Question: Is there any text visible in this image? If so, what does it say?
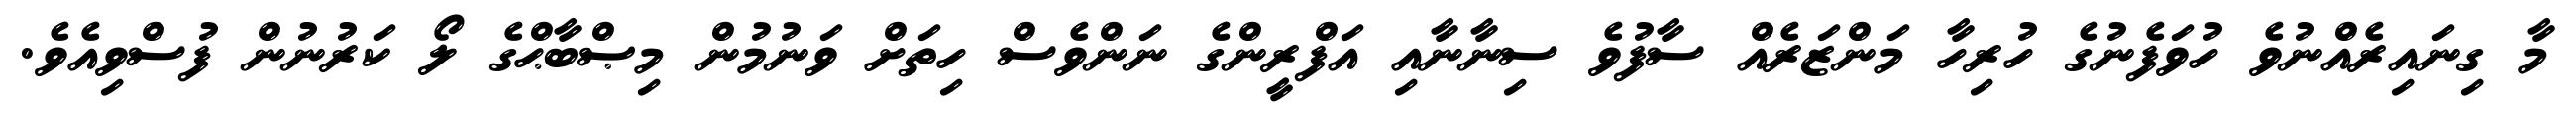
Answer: މާ ގިނައިރެއްނުވެ ހުވަފެނުގެ ހުރިހާ މަންޒަރެއް ސާފުވެ ސިނާނާއި އަފްރީންގެ ނަންވެސް ހިތަށް ވަނުމުން މިޞްބާޙްގެ ލޯ ކަރުނުން ފުސްވިއެވެ.